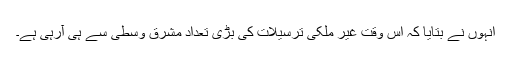
انہوں نے بتایا کہ اس وقت غیر ملکی ترسیلات کی بڑی تعداد مشرق وسطی سے ہی آرہی ہے۔